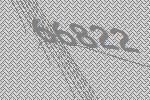
66822